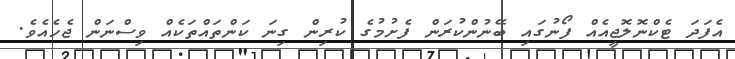
އެފަދަ ޓެކްނޮލޮޖީއެއް ފޯނުގައި ބޭނުންކުރަން ފެށުމުގެ ކުރިން ގިނަ ކަންތައްތަކެއް ވިސްނަން ޖެހެއެވެ.